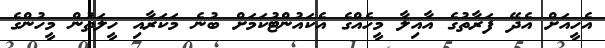
އެހީއަށް އެދޭ ފަރާތުގެ އާއިލާ މީހެއްގެ އެކައުންޓުކަމަށް ބުނެ މަކަރާއި ހީލަތުން މީހުންގެ